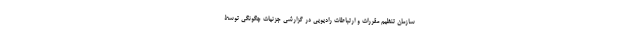
سازمان تنظیم مقررات و ارتباطات رادیویی در گزارشی جزئیات چگونگی توسط